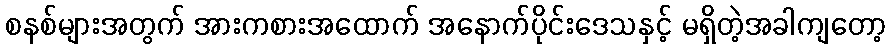
စနစ်များအတွက် အားကစားအထောက် အနောက်ပိုင်းဒေသနှင့် မရှိတဲ့အခါကျတော့